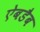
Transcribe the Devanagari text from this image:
ऐबडैब